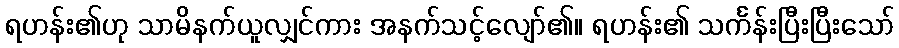
ရဟန်း၏ဟု သာမိနက်ယူလျှင်ကား အနက်သင့်လျော်၏။ ရဟန်း၏ သင်္ကန်းပြီးပြီးသော်